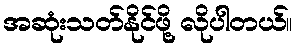
အဆုံးသတ်နိုင်ဖို့ လိုပါတယ်။